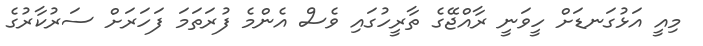
މިއީ އަޅުގަނޑަށް ހީވަނީ ރާއްޖޭގެ ތާރީހުގައި ވެސް އެންމެ ފުރަތަމަ ފަހަރަށް ސަރުކާރުގެ